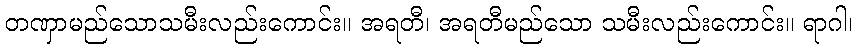
တဏှာမည်သောသမီးလည်းကောင်း။ အရတီ၊ အရတီမည်သော သမီးလည်းကောင်း။ ရာဂါ၊